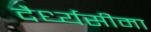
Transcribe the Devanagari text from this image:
दैर्ध्यसीमा